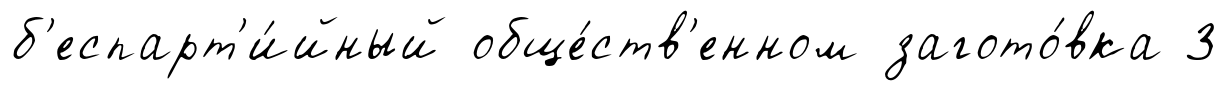
б'еспарт'и́йный обще́ств'енном загото́вка 3